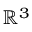
\mathbb { R } ^ { 3 }